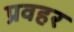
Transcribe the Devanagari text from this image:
प्रवहर